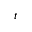
t